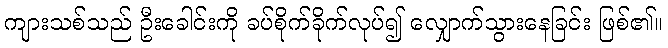
ကျားသစ်သည် ဦးခေါင်းကို ခပ်စိုက်ခိုက်လုပ်၍ လျှောက်သွားနေခြင်း ဖြစ်၏။